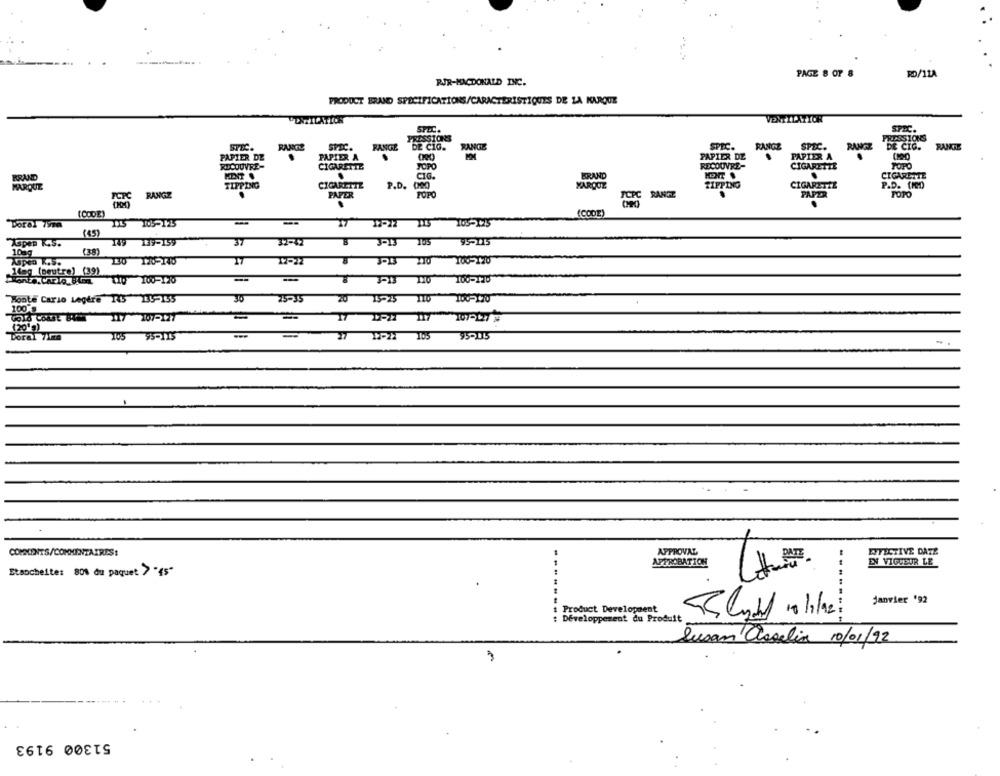
PAGE 8 OF 8
RD/11A
RJR-MACDONALD INC.
PRODUCT BRAND SPÉCIFICATIONS/CARACTERISTIQUES DE LA KARQUE
VENTILATICH
SPate
SPEC.
PRESSIONS
PRESSIONS
SPIC.
RANGE
DE CIG.
RANGE
SPEC.
RANGE
SPEC.
RANGE
DE CIG.
RAMTE
PAPIER DE
PAPIER A
PAPIER DE
PAPIER A
RECOUVRE-
RECOUVRE-
CIGARETTE
JOPO
CIGARETTE
POPO
BRAND
CIG.
BRAND
CIGARETTE
MARQUE
TIPPING
CIGARETTE
P.D.
MAROOZ
TIPPING
CIGARETTE
P.D. [MM)
FCPC RANGZ
PAPER
FORO
PCPC RANTE
PAPER
FOTO
(CODE)
(CODE)
Dorel 197
115 105-125
-
17
105-1:15
(45)
MGper K.S.
149 137-159
37
32-42
3-13 105
95-115
10ag
(38)
325 210 100-120
140g (peutre) (39)
T
323 110 100-120
100-120
!! 100-120
Monte Carlo Legere 145 135-155
30
25-35
20 15-25 110 100-150
100
17 1-22 117
(2019)
Doral 71ma
105 95-115
27 12-22 105
95.05
COMMENTS/COMMENTAIRES:
APPROVAL
EFFECTIVE DATE
APPROBATION
EN VIGUEUR LE
Etsocheite: 80% du paquet > "45"
janvier '92
Product Development
Développement du Produit
Susan asselia 10/01/92
51300 9193